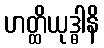
ဟတ္ထိယုဒ္ဓါနိ